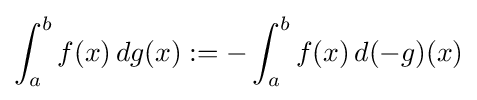
\int _{a}^{b}f(x)\,dg(x):=-\int _{a}^{b}f(x)\,d(-g)(x)